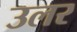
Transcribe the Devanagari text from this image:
उलर